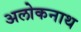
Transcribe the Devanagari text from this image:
अलोकनाथ